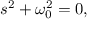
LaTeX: s ^ { 2 } + \omega _ { 0 } ^ { 2 } = 0 ,